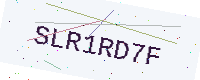
Text: SLR1RD7F